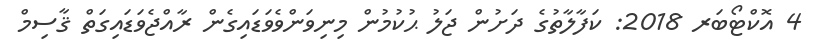
4 އޮކްޓޯބަރ 2018: ކަފާލާތުގެ ދަށުން ޖަލު ޙުކުމުން މިނިވަންވެވަޑައިގެން ރާއްޖެވަޑައިގަތް ޤާސިމް